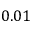
0 . 0 1